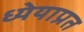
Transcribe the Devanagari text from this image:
ध्येयाप्रत